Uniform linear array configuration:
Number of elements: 8
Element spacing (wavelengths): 1
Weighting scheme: hamming
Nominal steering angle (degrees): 45
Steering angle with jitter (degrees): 45.306
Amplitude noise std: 0.05
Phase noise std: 0.05

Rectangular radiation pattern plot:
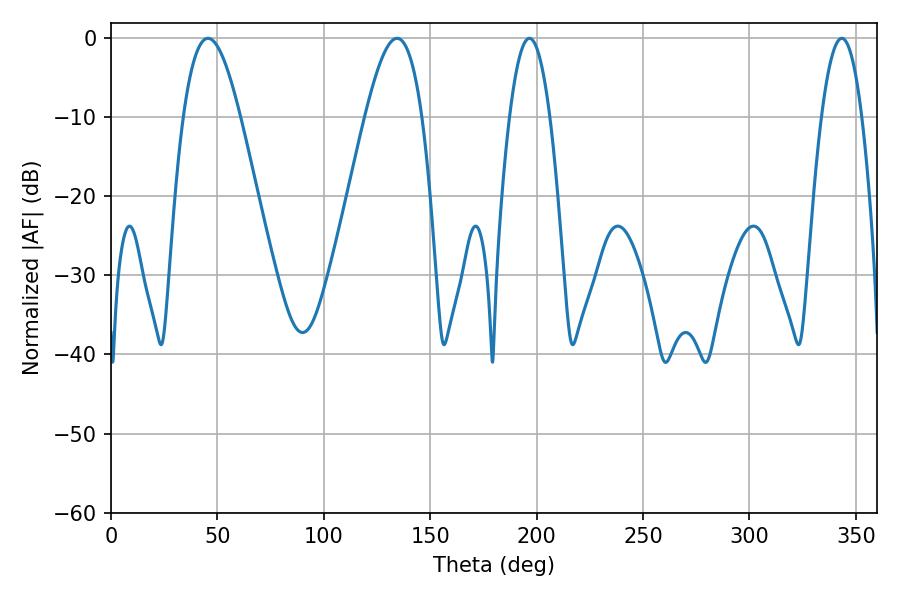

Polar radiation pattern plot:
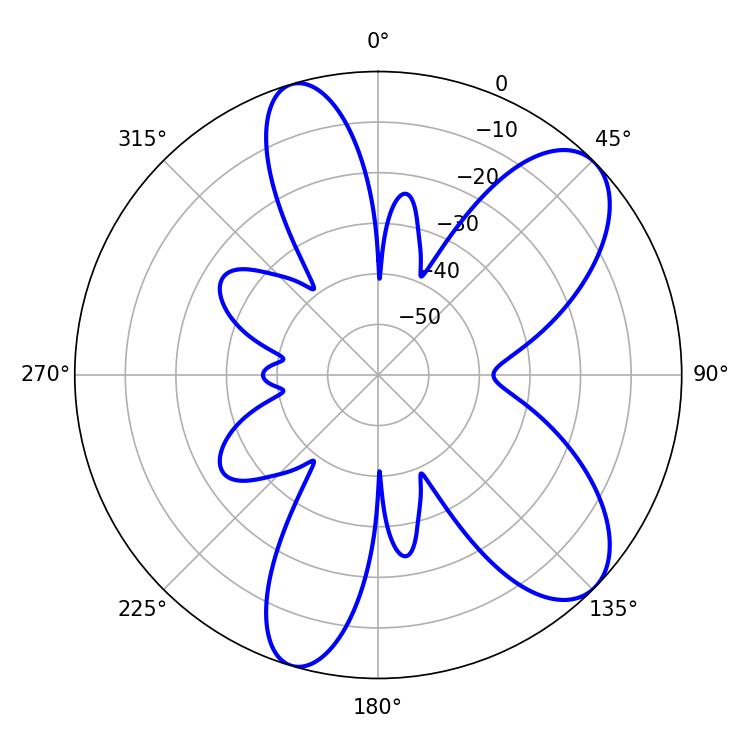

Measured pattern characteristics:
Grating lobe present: TRUE
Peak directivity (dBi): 8.48
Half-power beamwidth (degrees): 14.4
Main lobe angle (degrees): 45.54